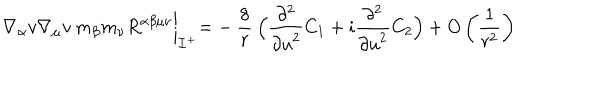
\nabla _ { \alpha } v \nabla _ { \mu } v \: m _ { \beta } m _ { \nu } R ^ { \alpha \beta \mu \nu } \biggl | _ { { \cal I } ^ { + } } = - \: \frac { 8 } { r } \: \Bigl ( \frac { \partial ^ { 2 } } { { \partial u } ^ { 2 } } C _ { 1 } + i \frac { \partial ^ { 2 } } { { \partial u } ^ { 2 } } C _ { 2 } \Bigr ) + O \left( \frac { 1 } { r ^ { 2 } } \right)